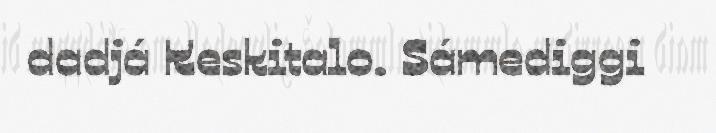
dadjá Keskitalo. Sámediggi